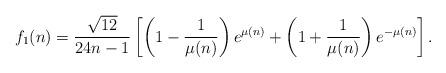
LaTeX: \begin{align*} f_{1}(n)=\frac{\sqrt{12}}{24n-1} \left[\left(1-\frac{1}{\mu(n)}\right)e^{\mu(n)} +\left(1+\frac{1}{\mu(n)}\right)e^{-\mu(n)}\right].\end{align*}